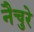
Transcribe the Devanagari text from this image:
नैचुरे